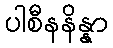
ပါစီနနိန္နာ